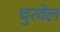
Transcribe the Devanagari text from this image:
चुरवेल